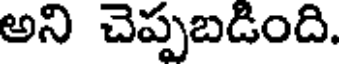
అని చెప్పబడింది.